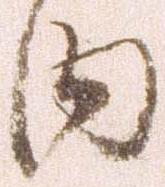
内